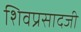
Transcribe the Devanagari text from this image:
शिवप्रसादजी